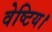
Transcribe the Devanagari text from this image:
वेष्टिय।